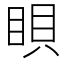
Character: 𥆘